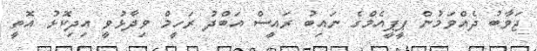
ޖަވާބު ދެއްވަމުން ޕީޕީއެމްގެ ނައިބު ރައީސް އަބްދު ރަހީމް ވިދާޅުވީ އިދިކޮޅު އޮތީ